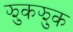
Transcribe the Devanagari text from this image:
झुकझुक